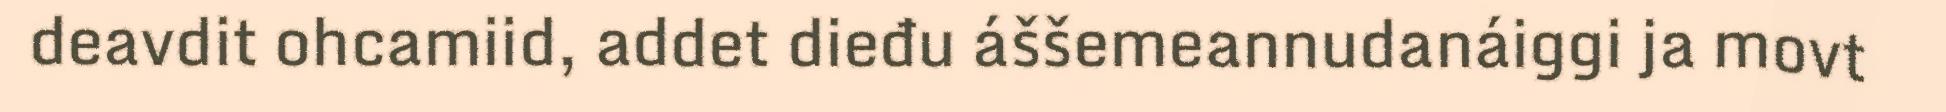
deavdit ohcamiid, addet dieđu áššemeannudanáiggi ja movt